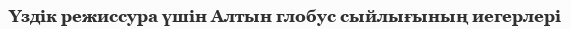
Үздік режиссура үшін Алтын глобус сыйлығының иегерлері